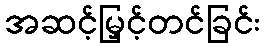
အဆင့်မြှင့်တင်ခြင်း